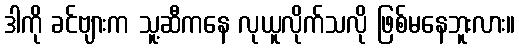
ဒါကို ခင်ဗျားက သူ့ဆီကနေ လုယူလိုက်သလို ဖြစ်မနေဘူးလား။